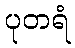
ပုတရံ